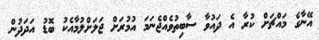
އޭނާގެ މައްޗަށް ކުރާ އެ ދައުވާ ސާބިތުވެއްޖެނަމަ އުމުރަށް ޖަލަށްލުމާއެކު ބޮޑު އަދަދުން